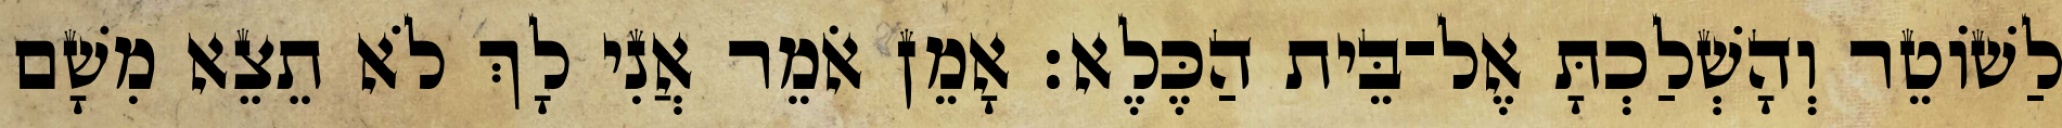
לַשׁוֹטֵר וְהָשְׁלַכְתָּ אֶל־בֵּית הַכֶּלֶא׃ אָמֵן אֹמֵר אֲנִי לָךְ לֹא תֵצֵא מִשָׁם